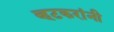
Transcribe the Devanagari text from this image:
व्हटकरांनी